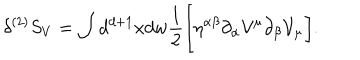
LaTeX: \delta ^ { ( 2 ) } S _ { V } = \int d ^ { d + 1 } x d w \frac { 1 } { 2 } \biggl [ \eta ^ { \alpha \beta } \partial _ { \alpha } { \cal V } ^ { \mu } \partial _ { \beta } { \cal V } _ { \mu } \biggr ] .